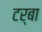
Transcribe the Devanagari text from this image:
टर्बा